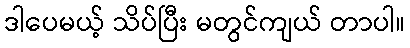
ဒါပေမယ့် သိပ်ပြီး မတွင်ကျယ် တာပါ။